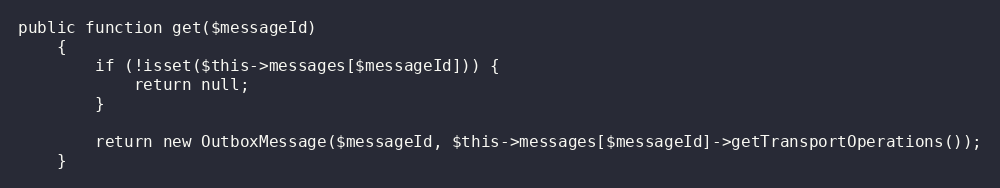
Language: PHP
public function get($messageId)
    {
        if (!isset($this->messages[$messageId])) {
            return null;
        }

        return new OutboxMessage($messageId, $this->messages[$messageId]->getTransportOperations());
    }